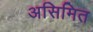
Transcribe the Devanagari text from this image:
असिमित